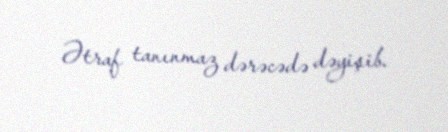
Ətraf tanınmaz dərəcədə dəyişib.